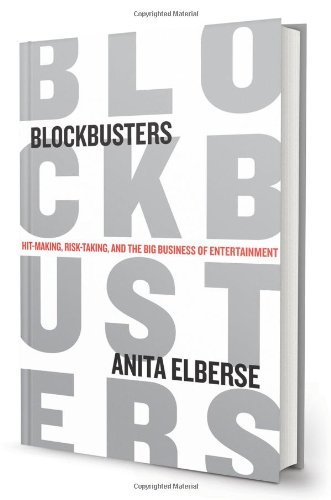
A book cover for Blockbusters: Hit-making, Risk-taking, and the Big Business of Entertainment; Anita Elberse; Humor & Entertainment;